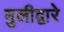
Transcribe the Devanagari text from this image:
मुलीद्वारे